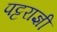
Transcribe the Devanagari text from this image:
पट्टराज्ञी